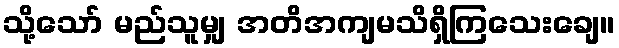
သို့သော် မည်သူမျှ အတိအကျမသိရှိကြသေးချေ။